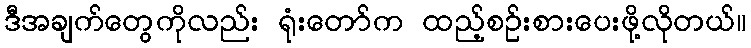
ဒီအချက်တွေကိုလည်း ရုံးတော်က ထည့်စဉ်းစားပေးဖို့လိုတယ်။